system: You are a helpful assistant.
user:
Analyze the provided spectrum to determine if it is a **"Cataclysmic Variables (CV)"**.

- **Key Indicators for CV (Check for either state):**
    - **State 1: Quiescent / Low-State (Emission-Dominated)**
        - **(Primary):** Strong and *very broad* Hydrogen Balmer emission lines (e.g., $H\alpha$ at 6563 Å, $H\beta$ at 4861 Å). The 'broadness' (high velocity dispersion, often FWHM > 1000 km/s) is the key diagnostic, indicating a high-velocity accretion disk.
        - **(Secondary):** Broad neutral Helium (He I) emission lines (e.g., 5876 Å, 6678 Å).
        - **(Key Confirmation):** Presence of high-excitation *ionized* Helium (He II) emission at 4686 Å. This is a strong indicator of accretion onto a white dwarf.
        - **(Line Profile):** Emission lines may exhibit a 'double-peaked' profile, which is a classic signature of a rotating accretion disk viewed at high inclination.

    - **State 2: Outburst / High-State (Absorption-Dominated)**
        - **(Primary):** Spectrum is dominated by a bright, blue continuum (looks like a hot star).
        - **(Secondary):** The emission lines from State 1 are weak, absent, or 'filled in', and are replaced by broad, shallow *absorption* lines (primarily Balmer and He I).
        - **(Morphology):** The overall spectrum mimics a hot B/A-type star. The crucial difference is that the absorption lines are significantly broader, shallower, and more 'washed-out' (or 'smeared') than the sharp lines of a normal stellar photosphere, due to high rotational speeds and pressure broadening in the disk.

Think first, call **spectral_visualization_tool** if needed to examine features in detail, then provide your final answer. Your response must adhere to the following strict rules:
1.  **Overall Structure:** Your response must follow the format `<think>...</think> <tool_call>...</tool_call> (if a tool is used) <answer>...</answer>`.
2.  **Tool Usage Constraint:** You may only make **one** tool call per turn.
3.  **Final Answer Format:** In the `<answer>` tag, your conclusion must be inside a `\boxed{}` command (e.g., `\boxed{YES}`), followed by your justification.

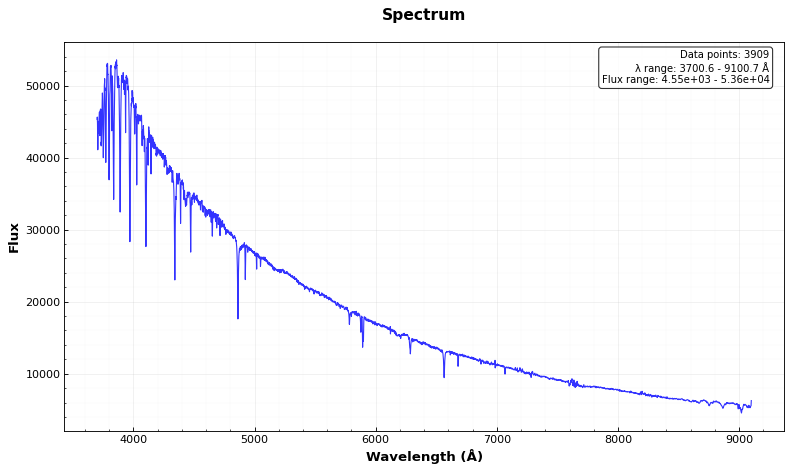
Answer: NO